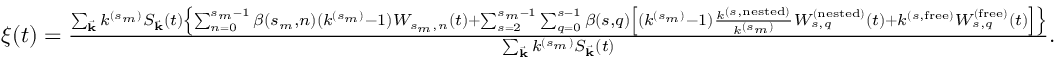
\begin{array} { r } { \xi ( t ) = \frac { \sum _ { \vec { \mathbf { k } } } k ^ { ( s _ { m } ) } S _ { \vec { \mathbf { k } } } ( t ) \left\{ \sum _ { n = 0 } ^ { s _ { m } - 1 } \beta ( s _ { m } , n ) ( k ^ { ( s _ { m } ) } - 1 ) W _ { s _ { m } , n } ( t ) + \sum _ { s = 2 } ^ { s _ { m } - 1 } \sum _ { q = 0 } ^ { s - 1 } \beta ( s , q ) \left[ ( k ^ { ( s _ { m } ) } - 1 ) \frac { k ^ { ( s , \mathrm { n e s t e d } ) } } { k ^ { ( s _ { m } ) } } W _ { s , q } ^ { ( \mathrm { n e s t e d } ) } ( t ) + k ^ { ( s , \mathrm { f r e e } ) } W _ { s , q } ^ { ( \mathrm { f r e e } ) } ( t ) \right] \right\} } { \sum _ { \vec { \mathbf { k } } } k ^ { ( s _ { m } ) } S _ { \vec { \mathbf { k } } } ( t ) } . } \end{array}